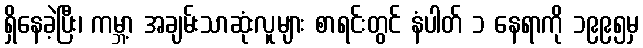
ရှိနေခဲ့ပြီး၊ ကမ္ဘာ့ အချမ်းသာဆုံးလူများ စာရင်းတွင် နံပါတ် ၁ နေရာကို ၁၉၉၅မှ